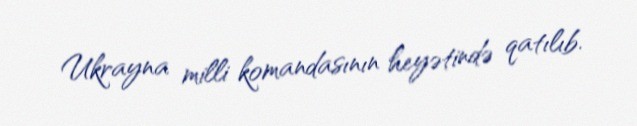
Ukrayna milli komandasının heyətində qatılıb.